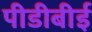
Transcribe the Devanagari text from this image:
पीडीबीई